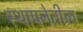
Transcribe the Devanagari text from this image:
स्थापनेतील